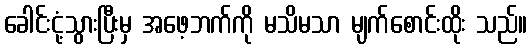
ခေါင်းငုံ့သွားပြီးမှ အဖေ့ဘက်ကို မသိမသာ မျက်စောင်းထိုး သည်။